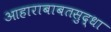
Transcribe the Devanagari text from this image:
आहाराबाबतसुद्धा